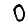
Digit: 0